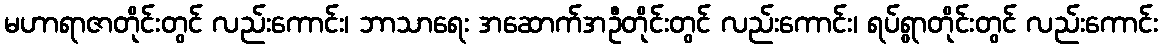
မဟာရာဇာတိုင်းတွင် လည်းကောင်း၊ ဘာသာရေး အဆောက်အဦတိုင်းတွင် လည်းကောင်း၊ ရပ်ရွာတိုင်းတွင် လည်းကောင်း